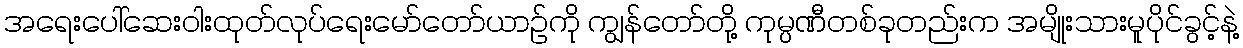
အရေးပေါ်ဆေးဝါးထုတ်လုပ်ရေးမော်တော်ယာဉ်ကို ကျွန်တော်တို့ ကုမ္ပဏီတစ်ခုတည်းက အမျိုးသားမူပိုင်ခွင့်နဲ့